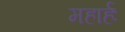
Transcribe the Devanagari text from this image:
महार्हः